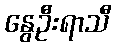
နွေဦးရာသီ